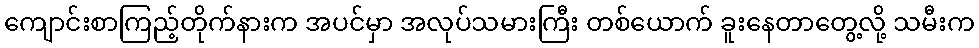
ကျောင်းစာကြည့်တိုက်နားက အပင်မှာ အလုပ်သမားကြီး တစ်ယောက် ခူးနေတာတွေ့လို့ သမီးက